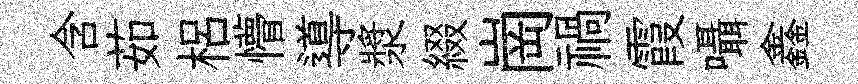
含茹梠懵導漿綴崗禍霞囁鑫